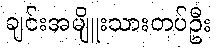
ချင်းအမျိူးသားတပ်ဦး